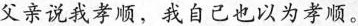
父亲说我孝顺，我自己也以为孝顺。